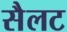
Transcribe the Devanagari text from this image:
सैलट